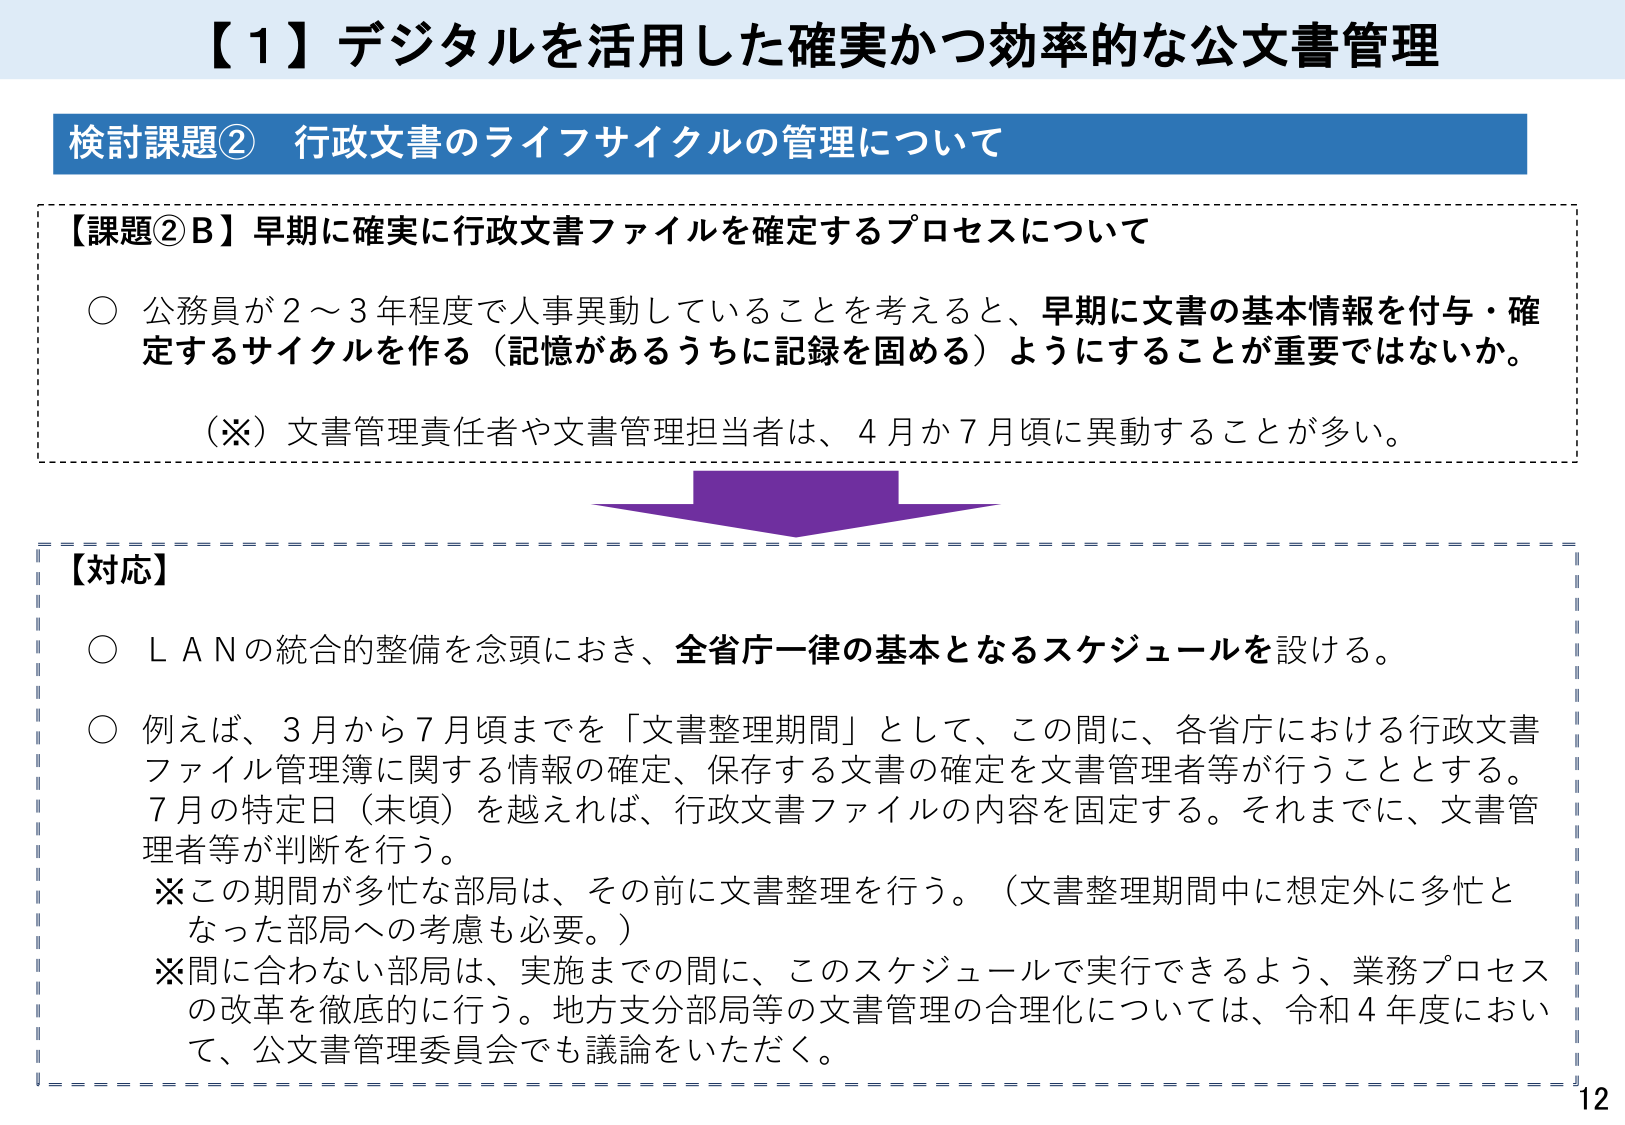
【１】デジタルを活用した確実かつ効率的な公文書管理

検討課題② 行政文書のライフサイクルの管理について

【課題②B】早期に確実に行政文書ファイルを確定するプロセスについて

○ 公務員が２～３年程度で人事異動していることを考えると、早期に文書の基本情報を付与・確定するサイクルを作り（記憶があるうちに記録を固める）ようにすることが重要ではないか。

（※）文書管理責任者や文書管理担当者は、４月か７月頃に異動することが多い。

【対応】

○ ＬＡＮの統合的整備を念頭におき、全省庁一律の基本となるスケジュールを設ける。

○ 例えば、３月から７月頃までを「文書整理期間」として、この間に、各省庁における行政文書ファイル管理簿に関する情報の確定、保存する文書の確定を文書管理者等が行うこととする。７月の特定日（末頃）を越えれば、行政文書ファイルの内容を固定する。それまでに、文書管理者等が判断を行う。

※この期間が多忙な部局は、その前に文書整理を行う。（文書整理期間中に想定外に多忙となった部局への考慮も必要。）

※間に合わない部局は、実施までの間に、このスケジュールで実行できるよう、業務プロセスの改革を徹底的に行う。地方支分部局等の文書管理の合理化については、令和４年度において、公文書管理委員会でも議論をいただく。

12